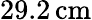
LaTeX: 29.2\, \mathrm{cm}